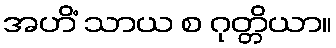
အဟိံ သာယ စ ဂုတ္တိယာ။